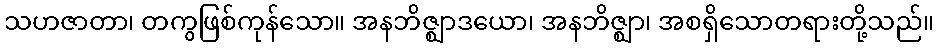
သဟဇာတာ၊ တကွဖြစ်ကုန်သော။ အနဘိဇ္ဈာဒယော၊ အနဘိဇ္ဈာ၊ အစရှိသောတရားတို့သည်။